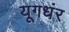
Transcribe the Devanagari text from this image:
यूगधंर